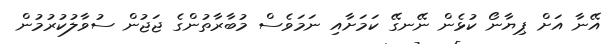
އޭނާ އަށް ޕިޔާނޯ ކުޅެން ނޭނގޭ ކަމަށާއި ނަމަވެސް މުބާރާތުންގެ ޖަޖުން ސުވާލުކުރުމުން